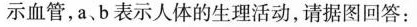
示血管，a、b 表示人体的生理活动，请据图回答：